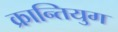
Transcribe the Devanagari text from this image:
क्रान्तियुग